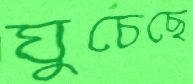
ঘুচেছে